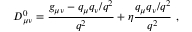
D _ { \mu \nu } ^ { 0 } = { \frac { g _ { \mu \nu } - q _ { \mu } q _ { \nu } / q ^ { 2 } } { q ^ { 2 } } } + \eta { \frac { q _ { \mu } q _ { \nu } / q ^ { 2 } } { q ^ { 2 } } } \ ,